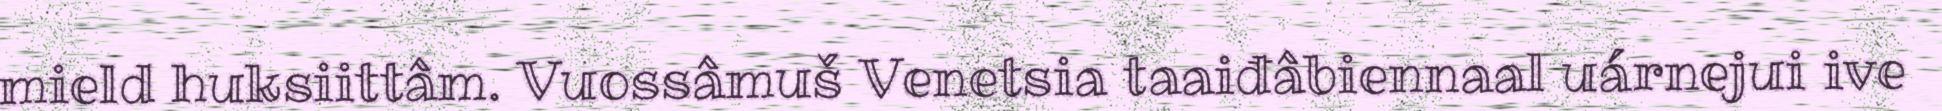
mield huksiittâm. Vuossâmuš Venetsia taaiđâbiennaal uárnejui ive